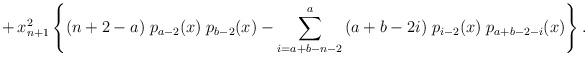
LaTeX: \begin{align*} +\,x_{n+1}^2\,\Biggl\{(n+2-a)\;p_{a-2}(x)\;p_{b -2}(x)- \sum_{i=a+b-n-2}^{a} \,(a+ b-2i) \;p_{i-2}(x)\;p_{a+b - 2-i}(x)\Biggr\}\,.\end{align*}